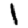
Digit: 1